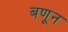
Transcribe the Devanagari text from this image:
बणून